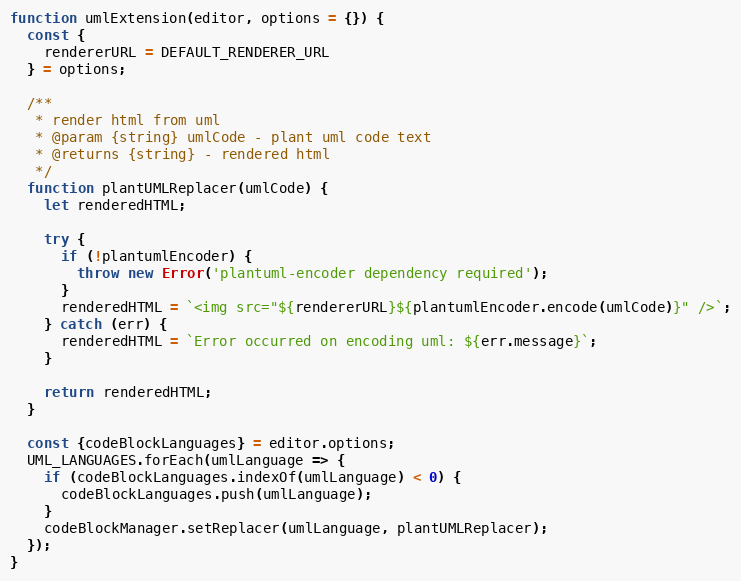
Language: JavaScript
function umlExtension(editor, options = {}) {
  const {
    rendererURL = DEFAULT_RENDERER_URL
  } = options;

  /**
   * render html from uml
   * @param {string} umlCode - plant uml code text
   * @returns {string} - rendered html
   */
  function plantUMLReplacer(umlCode) {
    let renderedHTML;

    try {
      if (!plantumlEncoder) {
        throw new Error('plantuml-encoder dependency required');
      }
      renderedHTML = `<img src="${rendererURL}${plantumlEncoder.encode(umlCode)}" />`;
    } catch (err) {
      renderedHTML = `Error occurred on encoding uml: ${err.message}`;
    }

    return renderedHTML;
  }

  const {codeBlockLanguages} = editor.options;
  UML_LANGUAGES.forEach(umlLanguage => {
    if (codeBlockLanguages.indexOf(umlLanguage) < 0) {
      codeBlockLanguages.push(umlLanguage);
    }
    codeBlockManager.setReplacer(umlLanguage, plantUMLReplacer);
  });
}